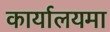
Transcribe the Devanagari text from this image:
कार्यालयमा